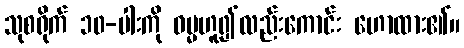
သုစရိုက် ၁၀-ပါးကို ဓမ္မဟူ၍လည်းကောင်း ဟောထား၏။